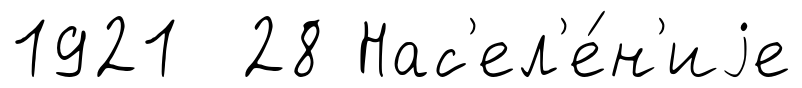
1921 28 Нас'ел'е́н'иjе